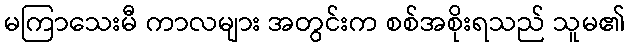
မကြာသေးမီ ကာလများ အတွင်းက စစ်အစိုးရသည် သူမ၏